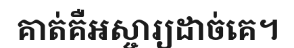
គាត់គឺអស្ចារ្យដាច់គេ។